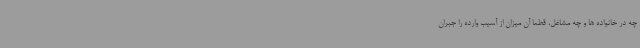
چه در خانواده ها و چه مشاغل، قطعا آن میزان از آسیب وارده را جبران